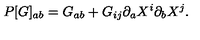
P [ G ] _ { a b } = G _ { a b } + G _ { i j } \partial _ { a } X ^ { i } \partial _ { b } X ^ { j } .